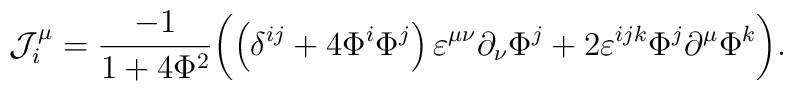
{\cal J}_i^\mu =\frac{-1}{1+4{\Phi }^2}\biggl( \left(\delta ^{ij}+4\Phi ^i\Phi ^j\right) \varepsilon ^{\mu \nu }\partial _\nu\Phi ^j+2\varepsilon ^{ijk}\Phi ^j\partial ^\mu \Phi ^k\biggr) .